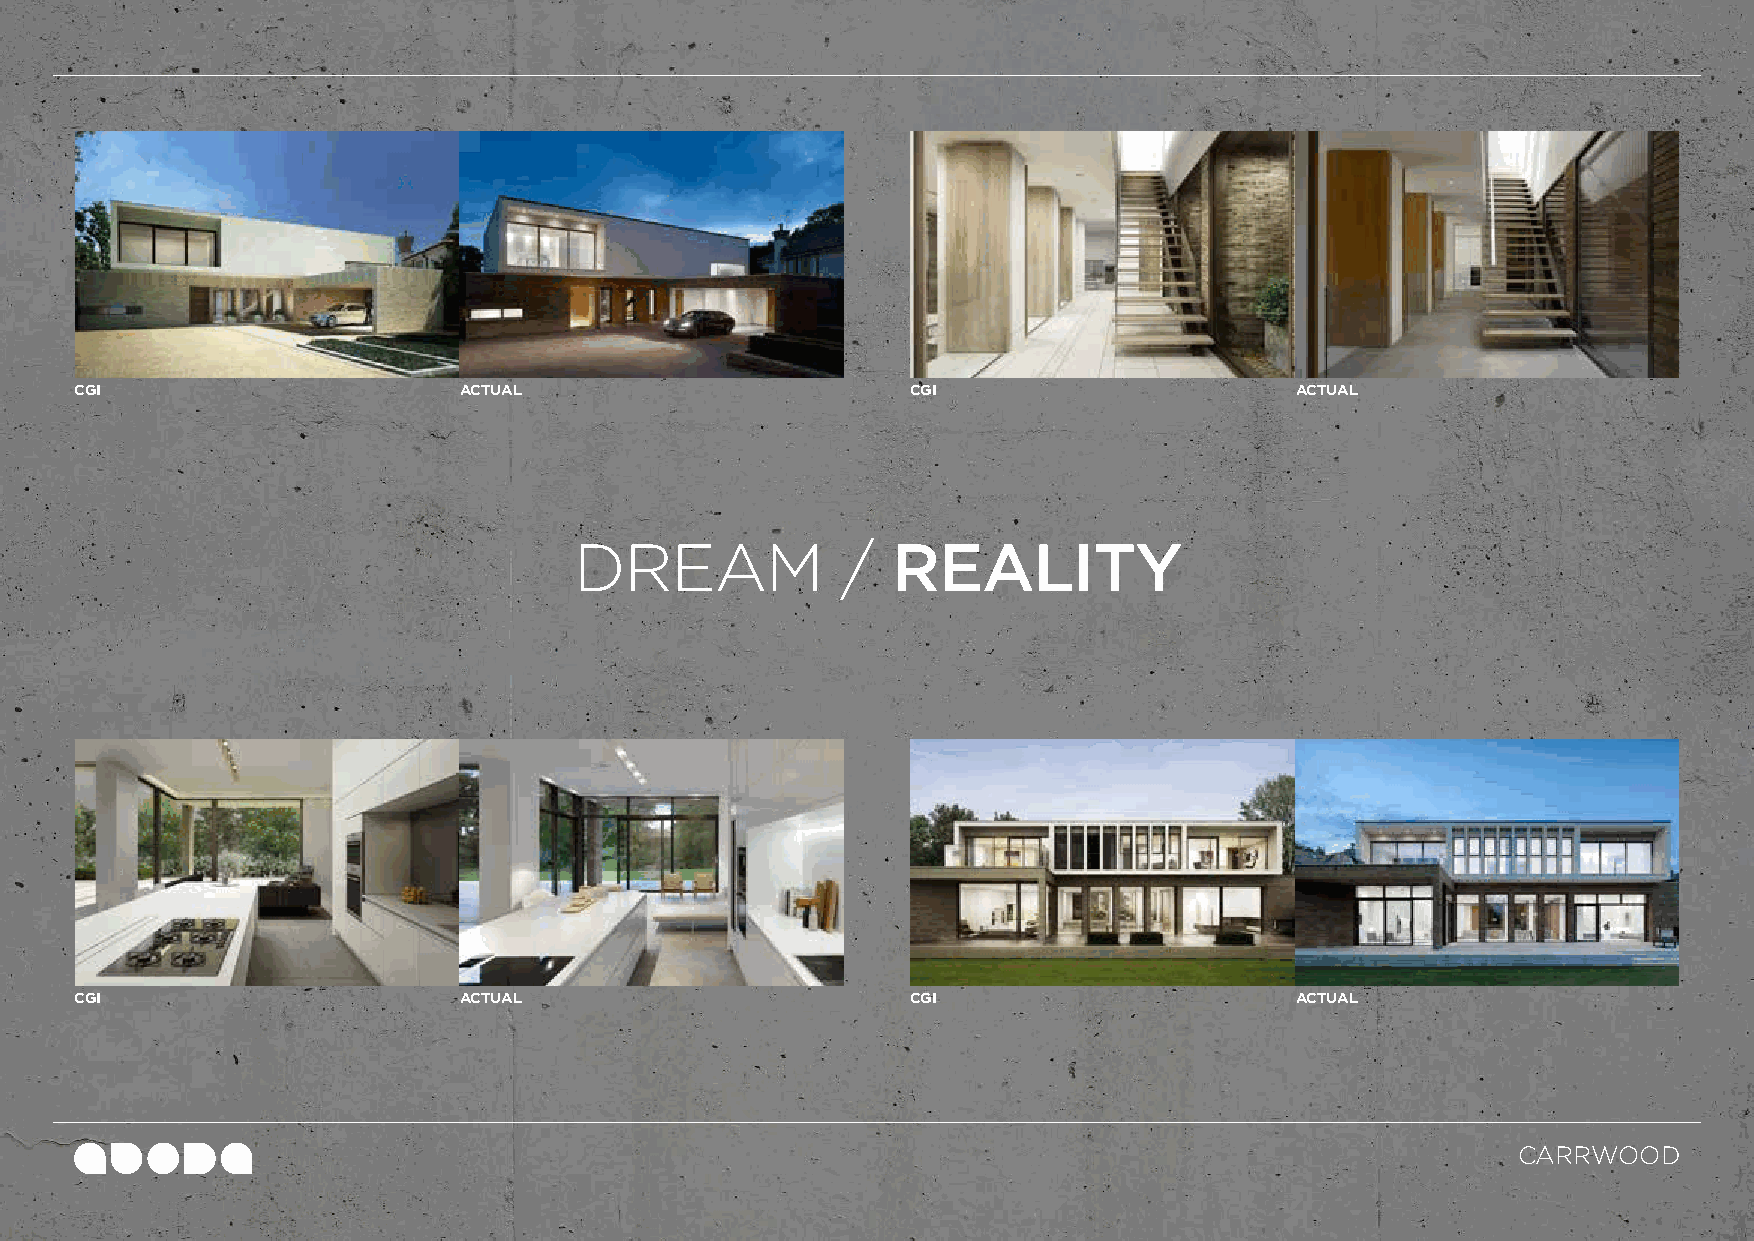
CGI                      ACTUAL                        CGI                       ACTUAL
 DREAM             /  REALITY
 CGI                      ACTUAL                        CGI                       ACTUAL
 CARRWOOD